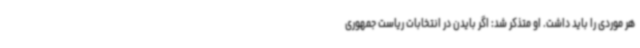
هر موردی را باید داشت. او متذکر شد: اگر بایدن در انتخابات ریاست جمهوری